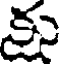
కు